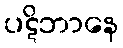
ပဋိဘာနေ